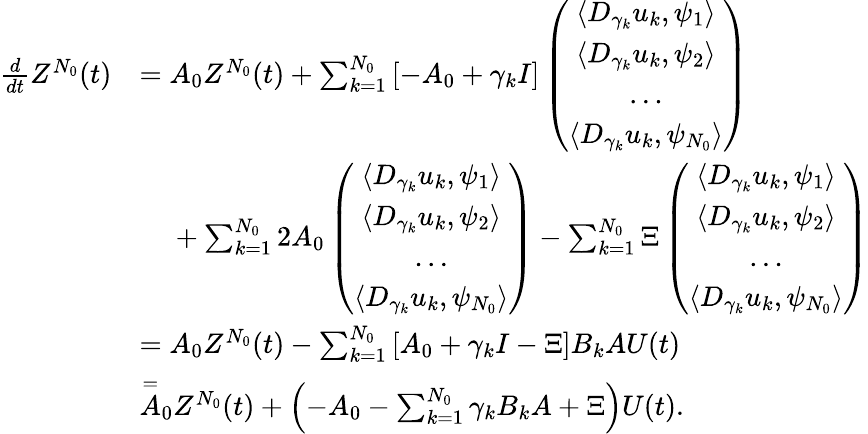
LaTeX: \begin{array}{rl}{\frac{d}{dt}Z^{N_{0}}(t)}&{=A_{0}Z^{N_{0}}(t)+\sum_{k=1}^{N_{0}}\left[-A_{0}+\gamma_{k}I\right]\left(\begin{array}{c}{\left<D_{\gamma_{k}}u_{k},\psi_{1}\right>}\\ {\left<D_{\gamma_{k}}u_{k},\psi_{2}\right>}\\ {\ldots}\\ {\left<D_{\gamma_{k}}u_{k},\psi_{N_{0}}\right>}\end{array}\right)}\\ &{\phantom{=}\; +\sum_{k=1}^{N_{0}}2A_{0}\left(\begin{array}{c}{\left<D_{\gamma_{k}}u_{k},\psi_{1}\right>}\\ {\left<D_{\gamma_{k}}u_{k},\psi_{2}\right>}\\ {\ldots}\\ {\left<D_{\gamma_{k}}u_{k},\psi_{N_{0}}\right>}\end{array}\right)-\sum_{k=1}^{N_{0}}\Xi\left(\begin{array}{c}{\left<D_{\gamma_{k}}u_{k},\psi_{1}\right>}\\ {\left<D_{\gamma_{k}}u_{k},\psi_{2}\right>}\\ {\ldots}\\ {\left<D_{\gamma_{k}}u_{k},\psi_{N_{0}}\right>}\end{array}\right)}\\ &{=A_{0}Z^{N_{0}}(t)-\sum_{k=1}^{N_{0}}\left[A_{0}+\gamma_{k}I-\Xi\right]B_{k}AU(t)}\\ &{\overset{=}A_{0}Z^{N_{0}}(t)+\left(-A_{0}-\sum_{k=1}^{N_{0}}\gamma_{k}B_{k}A+\Xi\right)U(t).}\end{array}